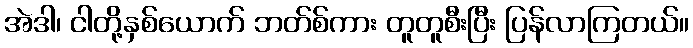
အဲဒါ၊ ငါတို့နှစ်ယောက် ဘတ်စ်ကား တူတူစီးပြီး ပြန်လာကြတယ်။